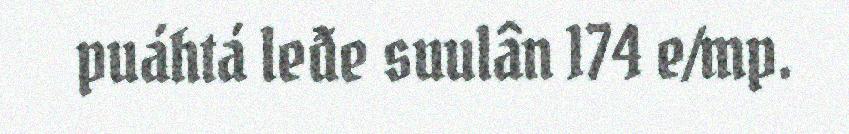
puáhtá leđe suulân 174 e/mp.